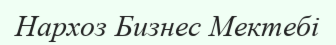
Нархоз Бизнес Мектебі